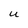
Character: u